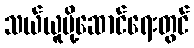
သယ်ယူပို့ဆောင်ရေးတွင်